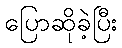
ပြောဆိုခဲ့ပြီး